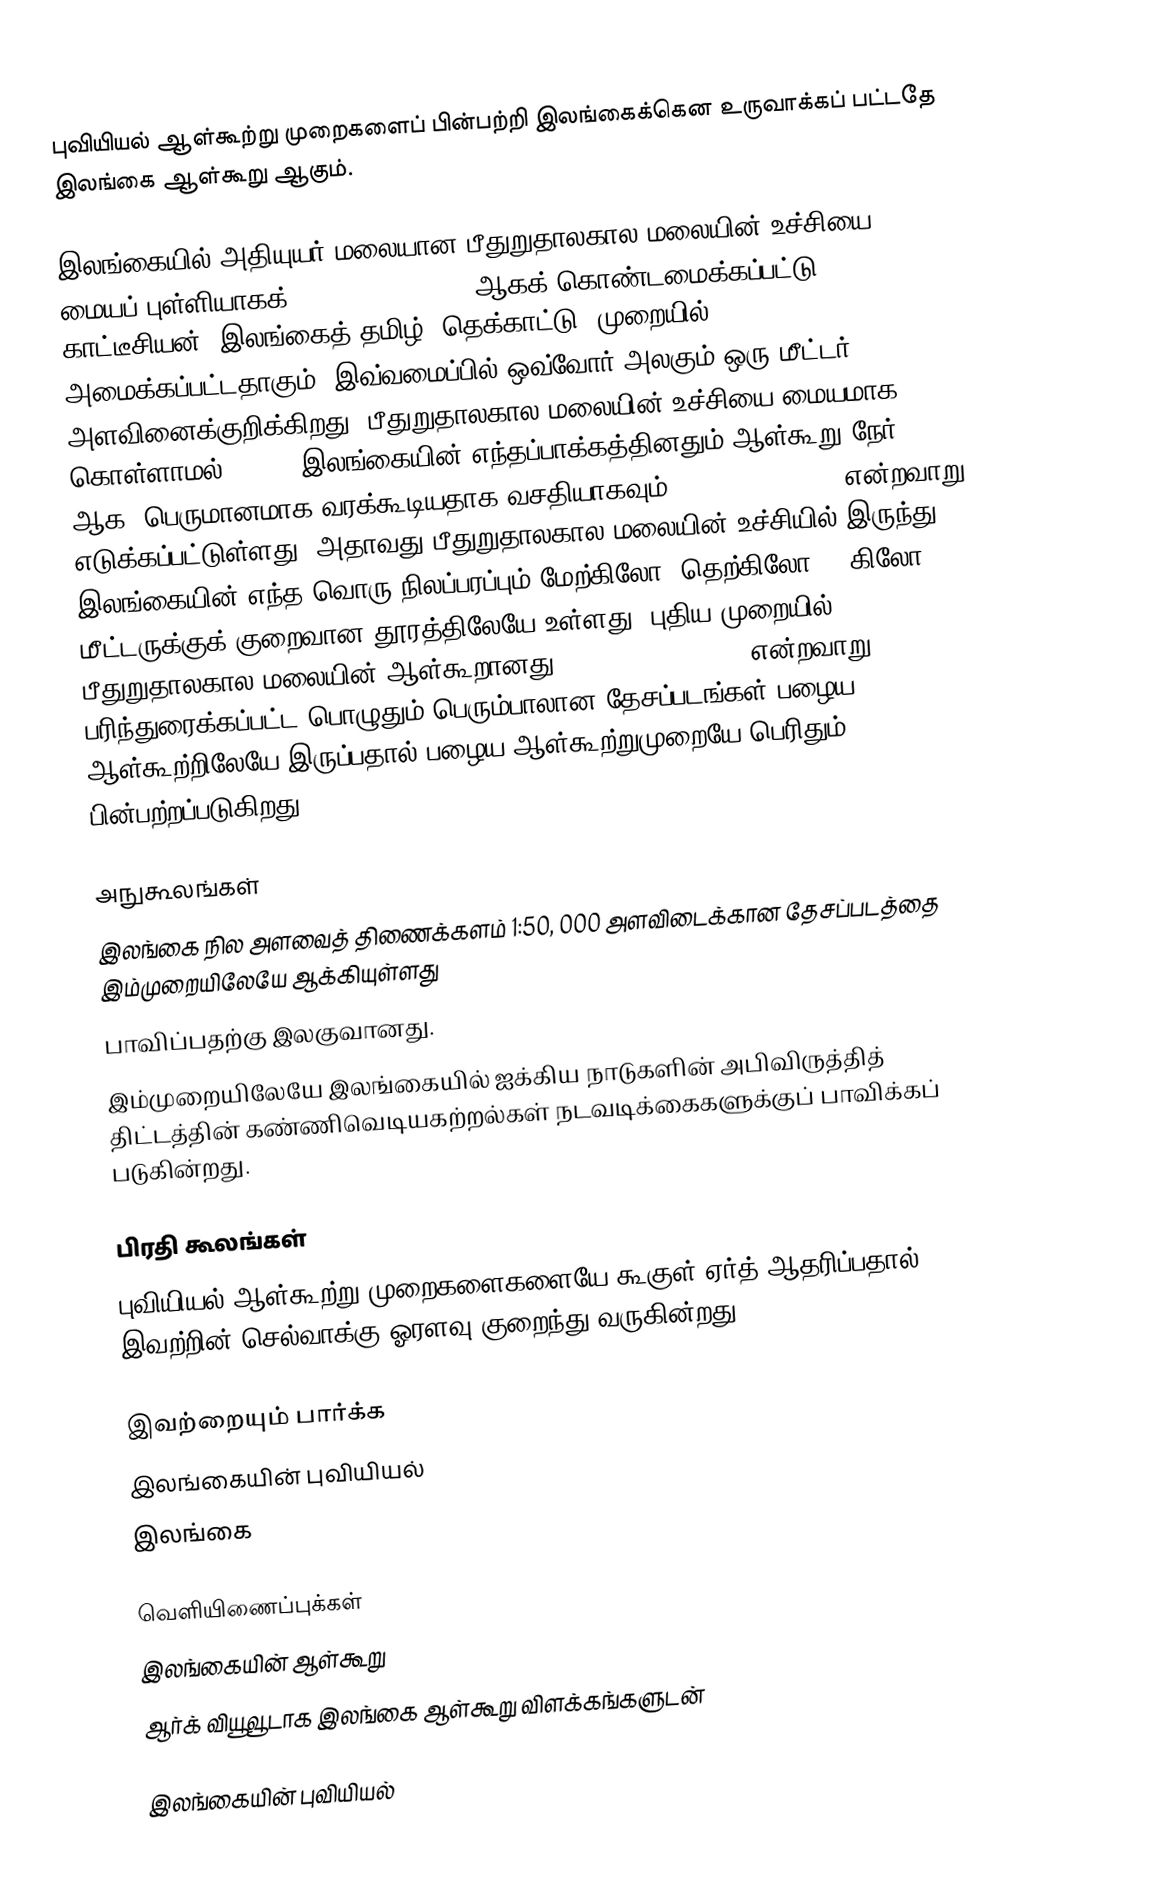
புவியியல் ஆள்கூற்று முறைகளைப் பின்பற்றி இலங்கைக்கென உருவாக்கப் பட்டதே இலங்கை ஆள்கூறு ஆகும்.

இலங்கையில் அதியுயர் மலையான பீதுறுதாலகால மலையின் உச்சியை மையப் புள்ளியாகக் (Reference Point)  ஆகக் கொண்டமைக்கப்பட்டு காட்டீசியன் (இலங்கைத் தமிழ்: தெக்காட்டு) முறையில் அமைக்கப்பட்டதாகும். இவ்வமைப்பில் ஒவ்வோர் அலகும் ஒரு மீட்டர் அளவினைக்குறிக்கிறது. பீதுறுதாலகால மலையின் உச்சியை மையமாக கொள்ளாமல் (0,0), இலங்கையின் எந்தப்பாக்கத்தினதும் ஆள்கூறு நேர்(+ ஆக) பெருமானமாக வரக்கூடியதாக வசதியாகவும் (200000, 200000) என்றவாறு எடுக்கப்பட்டுள்ளது. அதாவது பீதுறுதாலகால மலையின் உச்சியில் இருந்து  இலங்கையின் எந்த வொரு நிலப்பரப்பும் மேற்கிலோ, தெற்கிலோ 200கிலோ மீட்டருக்குக் குறைவான தூரத்திலேயே உள்ளது. புதிய முறையில் பீதுறுதாலகால மலையின் ஆள்கூறானது 500, 000; 500, 000 என்றவாறு பரிந்துரைக்கப்பட்ட பொழுதும் பெரும்பாலான தேசப்படங்கள் பழைய ஆள்கூற்றிலேயே இருப்பதால் பழைய ஆள்கூற்றுமுறையே பெரிதும் பின்பற்றப்படுகிறது.

அநுகூலங்கள்
இலங்கை நில அளவைத் திணைக்களம் 1:50, 000 அளவிடைக்கான தேசப்படத்தை இம்முறையிலேயே ஆக்கியுள்ளது
பாவிப்பதற்கு இலகுவானது.
இம்முறையிலேயே இலங்கையில் ஐக்கிய நாடுகளின் அபிவிருத்தித் திட்டத்தின் கண்ணிவெடியகற்றல்கள் நடவடிக்கைகளுக்குப் பாவிக்கப் படுகின்றது.

பிரதி கூலங்கள்
புவியியல் ஆள்கூற்று முறைகளைகளையே கூகுள் ஏர்த் ஆதரிப்பதால் இவற்றின் செல்வாக்கு ஓரளவு குறைந்து வருகின்றது.

இவற்றையும் பார்க்க
 இலங்கையின் புவியியல்
 இலங்கை

வெளியிணைப்புக்கள்
இலங்கையின் ஆள்கூறு
ஆர்க் வியூவூடாக இலங்கை ஆள்கூறு விளக்கங்களுடன்

இலங்கையின் புவியியல்